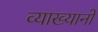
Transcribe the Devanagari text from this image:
व्याख्यानो